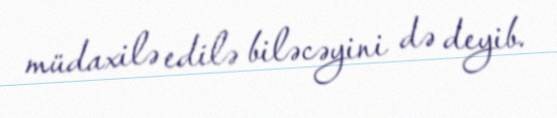
müdaxilə edilə biləcəyini də deyib.